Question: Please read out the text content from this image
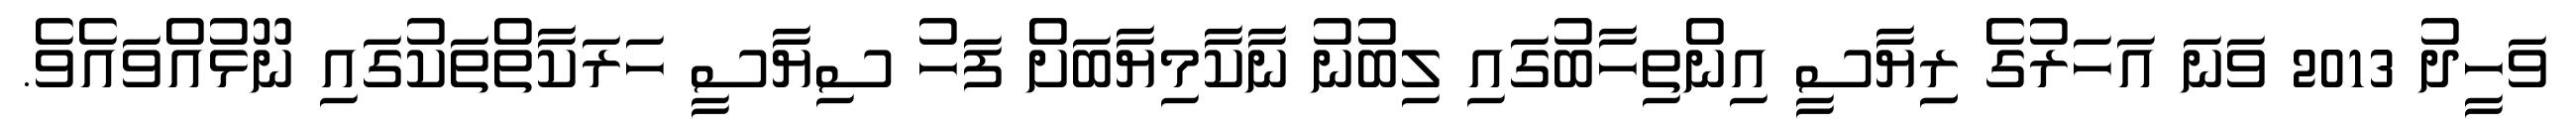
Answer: ވަހީދު 2013 ވަނަ އަހަރުގެ ރިިޔާސީ އިންތިހާބުގައި ލިބުނު ނާކާމިޔާބަށް ފަހު ސިޔާސީ ހަރަކާތްތަކުގައި ނޫޅުއްވައެވެ.